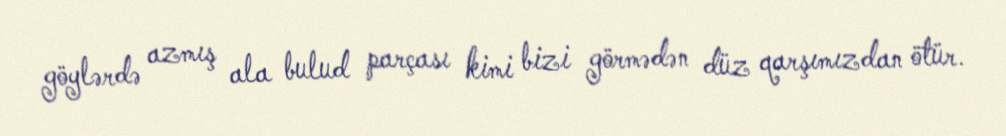
göylərdə azmış ala bulud parçası kimi bizi görmədən düz qarşımızdan ötür.